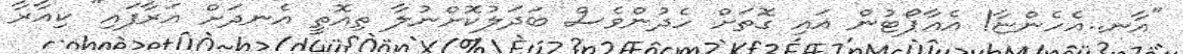
"އާނ..އެހެންޏާ! އެއާޕޯޓުން އައި ގޮތަށް ހެދުންވެސް ބަދަލުކޮށްނުލާ ތިއޮތީ އެނދަށް އަރާފައި" ކިއާރާ